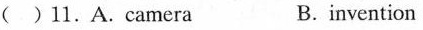
( )11.A.Camera B.invention